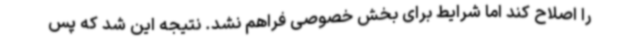
را اصلاح کند اما شرایط برای بخش خصوصی فراهم نشد. نتیجه این شد که پس